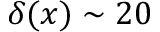
\delta ( x ) \sim 2 0 \